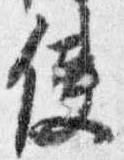
使